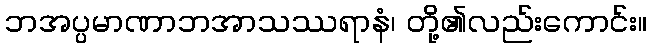
ဘအပ္ပမာဏာဘအာသဿရာနံ၊ တို့၏လည်းကောင်း။